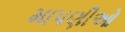
માપણીઓ